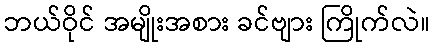
ဘယ်ဝိုင် အမျိုးအစား ခင်ဗျား ကြိုက်လဲ။